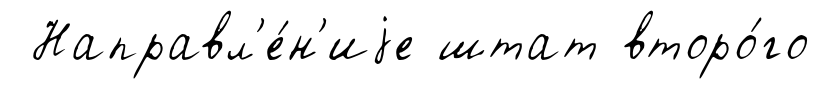
Направл'е́н'иjе штат второ́го